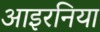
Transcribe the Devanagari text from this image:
आइरनिया